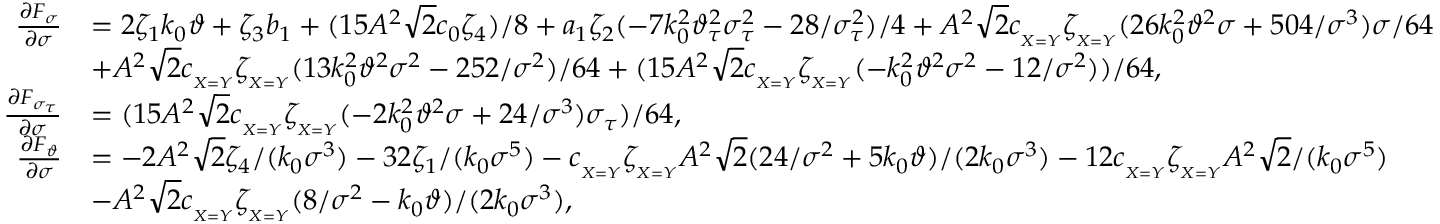
\begin{array} { r l } { \frac { \partial F _ { \sigma } } { \partial \sigma } } & { = 2 \zeta _ { 1 } k _ { 0 } \vartheta + \zeta _ { 3 } b _ { 1 } + ( 1 5 A ^ { 2 } \sqrt { 2 } c _ { 0 } \zeta _ { 4 } ) / 8 + a _ { 1 } \zeta _ { 2 } ( - 7 k _ { 0 } ^ { 2 } \vartheta _ { \tau } ^ { 2 } \sigma _ { \tau } ^ { 2 } - 2 8 / \sigma _ { \tau } ^ { 2 } ) / 4 + A ^ { 2 } \sqrt { 2 } c _ { _ { X = Y } } \zeta _ { _ { X = Y } } ( 2 6 k _ { 0 } ^ { 2 } \vartheta ^ { 2 } \sigma + 5 0 4 / \sigma ^ { 3 } ) \sigma / 6 4 } \\ & { + A ^ { 2 } \sqrt { 2 } c _ { _ { X = Y } } \zeta _ { _ { X = Y } } ( 1 3 k _ { 0 } ^ { 2 } \vartheta ^ { 2 } \sigma ^ { 2 } - 2 5 2 / \sigma ^ { 2 } ) / 6 4 + ( 1 5 A ^ { 2 } \sqrt { 2 } c _ { _ { X = Y } } \zeta _ { _ { X = Y } } ( - k _ { 0 } ^ { 2 } \vartheta ^ { 2 } \sigma ^ { 2 } - 1 2 / \sigma ^ { 2 } ) ) / 6 4 , } \\ { \frac { \partial F _ { \sigma _ { \tau } } } { \partial \sigma } } & { = ( 1 5 A ^ { 2 } \sqrt { 2 } c _ { _ { X = Y } } \zeta _ { _ { X = Y } } ( - 2 k _ { 0 } ^ { 2 } \vartheta ^ { 2 } \sigma + 2 4 / \sigma ^ { 3 } ) \sigma _ { \tau } ) / 6 4 , } \\ { \frac { \partial F _ { \vartheta } } { \partial \sigma } } & { = - 2 A ^ { 2 } \sqrt { 2 } \zeta _ { 4 } / ( k _ { 0 } \sigma ^ { 3 } ) - 3 2 \zeta _ { 1 } / ( k _ { 0 } \sigma ^ { 5 } ) - c _ { _ { X = Y } } \zeta _ { _ { X = Y } } A ^ { 2 } \sqrt { 2 } ( 2 4 / \sigma ^ { 2 } + 5 k _ { 0 } \vartheta ) / ( 2 k _ { 0 } \sigma ^ { 3 } ) - 1 2 c _ { _ { X = Y } } \zeta _ { _ { X = Y } } A ^ { 2 } \sqrt { 2 } / ( k _ { 0 } \sigma ^ { 5 } ) } \\ & { - A ^ { 2 } \sqrt { 2 } c _ { _ { X = Y } } \zeta _ { _ { X = Y } } ( 8 / \sigma ^ { 2 } - k _ { 0 } \vartheta ) / ( 2 k _ { 0 } \sigma ^ { 3 } ) , } \end{array}